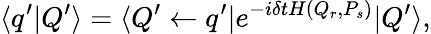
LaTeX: \langle q^{\prime}|Q^{\prime}\rangle=\langle Q^{\prime}\leftarrow q^{\prime}|e^{-i\delta tH(Q_{r},P_{s})}|Q^{\prime}\rangle,